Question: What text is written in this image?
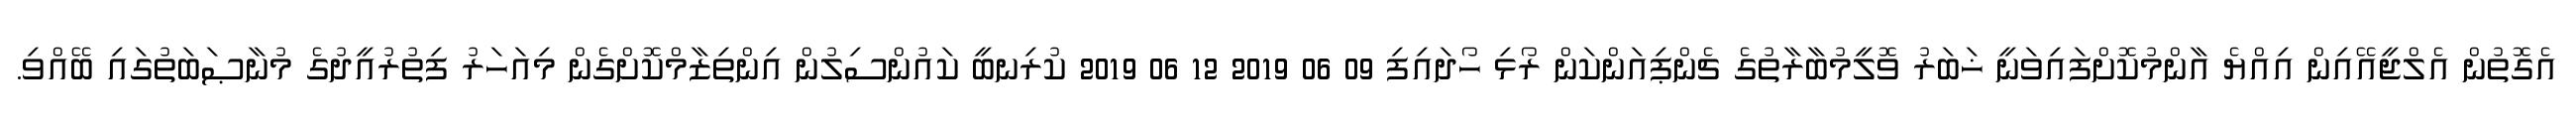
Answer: އެގޮތުން އެލްޖީއޭއިން އިއްޔެ އާންމުކޮށްފައިވަނީ ޚަބަރު ވޮލީމުބާރާތުގެ ޗެންޕިއަންކަން ރޯޅި ހޯދައިފި 09 06 2019 12 06 2019 ކުރިނބީ ކައުންސިލުން އިންތިޒާމްކޮށްގެން މިއަހަރު ފިތުރުއީދުގެ މުނާޞަބަތުގައި ބޭއްވި.